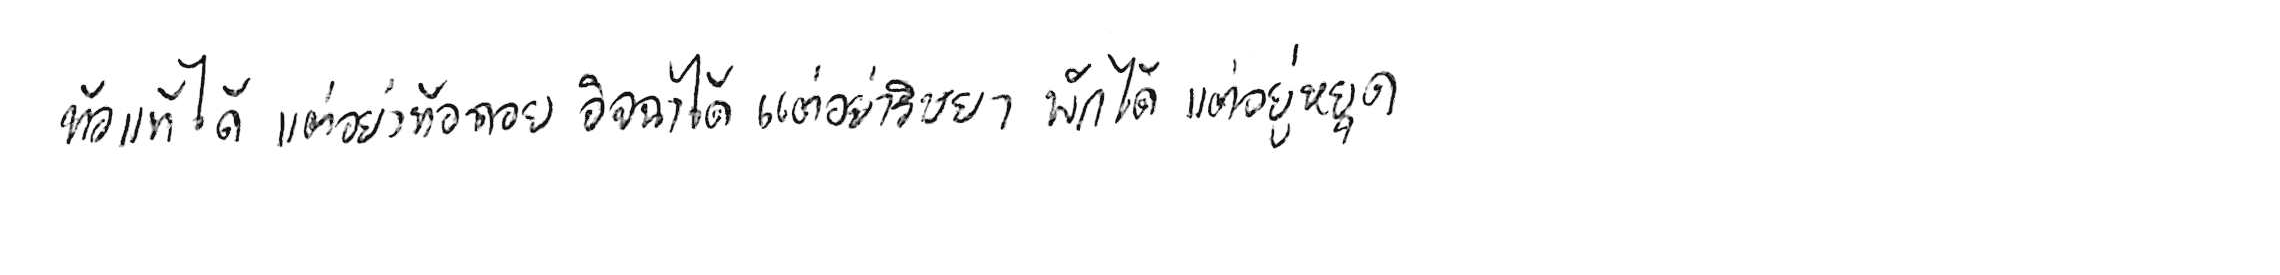
ท้อแท้ได้ แต่อย่าท้อถอย อิจฉาได้ แต่อย่าริษยา พักได้ แต่อย่าหยุด